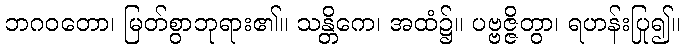
ဘဂဝတော၊ မြတ်စွာဘုရား၏။ သန္တိကေ၊ အထံ၌။ ပဗ္ဗဇ္ဇိတွာ၊ ရဟန်းပြု၍။